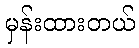
မှန်းထားတယ်